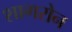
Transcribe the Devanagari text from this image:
शागरोन